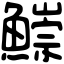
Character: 𩻃